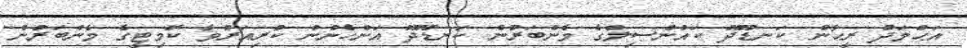
އަޙްމަދު ރީޙާން ކަނޑޫދޫ ކައުންސިލްގެ މެންބަރުން ކަނޑޫދޫ އަންހެނުން ކުރިއަރުވާ ކޮމިޓީގެ މެންބަރުން